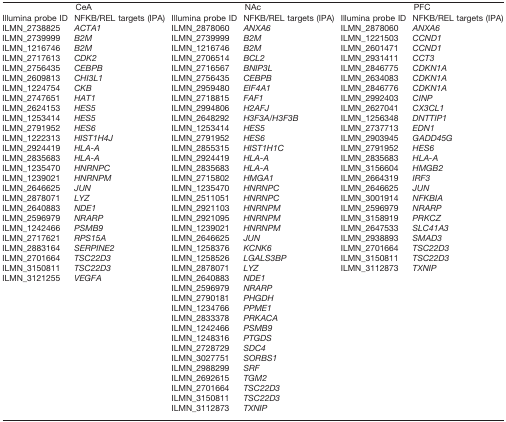
<table><thead><tr><td colspan="2"><b>CeA</b></td><td colspan="2"><b>NAc</b></td><td colspan="2"><b>PFC</b></td></tr><tr><td><b>Illumina probe ID</b></td><td><b>NFKB/REL targets (IPA)</b></td><td><b>Illumina probe ID</b></td><td><b>NFKB/REL targets (IPA)</b></td><td><b>Illumina probe ID</b></td><td><b>NFKB/REL targets (IPA)</b></td></tr></thead><tbody><tr><td>ILMN_2738825</td><td><i>ACTA1</i></td><td>ILMN_2878060</td><td><i>ANXA6</i></td><td>ILMN_2878060</td><td><i>ANXA6</i></td></tr><tr><td>ILMN_2739999</td><td><i>B2M</i></td><td>ILMN_2739999</td><td><i>B2M</i></td><td>ILMN_1221503</td><td><i>CCND1</i></td></tr><tr><td>ILMN_1216746</td><td><i>B2M</i></td><td>ILMN_1216746</td><td><i>B2M</i></td><td>ILMN_2601471</td><td><i>CCND1</i></td></tr><tr><td>ILMN_2717613</td><td><i>CDK2</i></td><td>ILMN_2706514</td><td><i>BCL2</i></td><td>ILMN_2931411</td><td><i>CCT3</i></td></tr><tr><td>ILMN_2756435</td><td><i>CEBPB</i></td><td>ILMN_2716567</td><td><i>BNIP3L</i></td><td>ILMN_2846775</td><td><i>CDKN1A</i></td></tr><tr><td>ILMN_2609813</td><td><i>CHI3L1</i></td><td>ILMN_2756435</td><td><i>CEBPB</i></td><td>ILMN_2634083</td><td><i>CDKN1A</i></td></tr><tr><td>ILMN_1224754</td><td><i>CKB</i></td><td>ILMN_2959480</td><td><i>EIF4A1</i></td><td>ILMN_2846776</td><td><i>CDKN1A</i></td></tr><tr><td>ILMN_2747651</td><td><i>HAT1</i></td><td>ILMN_2718815</td><td><i>FAF1</i></td><td>ILMN_2992403</td><td><i>CINP</i></td></tr><tr><td>ILMN_2624153</td><td><i>HES5</i></td><td>ILMN_2994806</td><td><i>H2AFJ</i></td><td>ILMN_2627041</td><td><i>CX3CL1</i></td></tr><tr><td>ILMN_1253414</td><td><i>HES5</i></td><td>ILMN_2648292</td><td><i>H3F3A/H3F3B</i></td><td>ILMN_1256348</td><td><i>DNTTIP1</i></td></tr><tr><td>ILMN_2791952</td><td><i>HES6</i></td><td>ILMN_1253414</td><td><i>HES5</i></td><td>ILMN_2737713</td><td><i>EDN1</i></td></tr><tr><td>ILMN_1222313</td><td><i>HIST1H4J</i></td><td>ILMN_2791952</td><td><i>HES6</i></td><td>ILMN_2903945</td><td><i>GADD45G</i></td></tr><tr><td>ILMN_2924419</td><td><i>HLA-A</i></td><td>ILMN_2855315</td><td><i>HIST1H1C</i></td><td>ILMN_2791952</td><td><i>HES6</i></td></tr><tr><td>ILMN_2835683</td><td><i>HLA-A</i></td><td>ILMN_2924419</td><td><i>HLA-A</i></td><td>ILMN_2835683</td><td><i>HLA-A</i></td></tr><tr><td>ILMN_1235470</td><td><i>HNRNPC</i></td><td>ILMN_2835683</td><td><i>HLA-A</i></td><td>ILMN_3156604</td><td><i>HMGB2</i></td></tr><tr><td>ILMN_1239021</td><td><i>HNRNPM</i></td><td>ILMN_2715802</td><td><i>HMGA1</i></td><td>ILMN_2664319</td><td><i>IRF3</i></td></tr><tr><td>ILMN_2646625</td><td><i>JUN</i></td><td>ILMN_1235470</td><td><i>HNRNPC</i></td><td>ILMN_2646625</td><td><i>JUN</i></td></tr><tr><td>ILMN_2878071</td><td><i>LYZ</i></td><td>ILMN_2511051</td><td><i>HNRNPC</i></td><td>ILMN_3001914</td><td><i>NFKBIA</i></td></tr><tr><td>ILMN_2640883</td><td><i>NDE1</i></td><td>ILMN_2921103</td><td><i>HNRNPM</i></td><td>ILMN_2596979</td><td><i>NRARP</i></td></tr><tr><td>ILMN_2596979</td><td><i>NRARP</i></td><td>ILMN_2921095</td><td><i>HNRNPM</i></td><td>ILMN_3158919</td><td><i>PRKCZ</i></td></tr><tr><td>ILMN_1242466</td><td><i>PSMB9</i></td><td>ILMN_1239021</td><td><i>HNRNPM</i></td><td>ILMN_2647533</td><td><i>SLC41A3</i></td></tr><tr><td>ILMN_2717621</td><td><i>RPS15A</i></td><td>ILMN_2646625</td><td><i>JUN</i></td><td>ILMN_2938893</td><td><i>SMAD3</i></td></tr><tr><td>ILMN_2883164</td><td><i>SERPINE2</i></td><td>ILMN_1258376</td><td><i>KCNK6</i></td><td>ILMN_2701664</td><td><i>TSC22D3</i></td></tr><tr><td>ILMN_2701664</td><td><i>TSC22D3</i></td><td>ILMN_1258526</td><td><i>LGALS3BP</i></td><td>ILMN_3150811</td><td><i>TSC22D3</i></td></tr><tr><td>ILMN_3150811</td><td><i>TSC22D3</i></td><td>ILMN_2878071</td><td><i>LYZ</i></td><td>ILMN_3112873</td><td><i>TXNIP</i></td></tr><tr><td>ILMN_3121255</td><td><i>VEGFA</i></td><td>ILMN_2640883</td><td><i>NDE1</i></td><td>[EMPTY_CELL]</td><td>[EMPTY_CELL]</td></tr><tr><td>[EMPTY_CELL]</td><td>[EMPTY_CELL]</td><td>ILMN_2596979</td><td><i>NRARP</i></td><td>[EMPTY_CELL]</td><td>[EMPTY_CELL]</td></tr><tr><td>[EMPTY_CELL]</td><td>[EMPTY_CELL]</td><td>ILMN_2790181</td><td><i>PHGDH</i></td><td>[EMPTY_CELL]</td><td>[EMPTY_CELL]</td></tr><tr><td>[EMPTY_CELL]</td><td>[EMPTY_CELL]</td><td>ILMN_1234766</td><td><i>PPME1</i></td><td>[EMPTY_CELL]</td><td>[EMPTY_CELL]</td></tr><tr><td>[EMPTY_CELL]</td><td>[EMPTY_CELL]</td><td>ILMN_2833378</td><td><i>PRKACA</i></td><td>[EMPTY_CELL]</td><td>[EMPTY_CELL]</td></tr><tr><td>[EMPTY_CELL]</td><td>[EMPTY_CELL]</td><td>ILMN_1242466</td><td><i>PSMB9</i></td><td>[EMPTY_CELL]</td><td>[EMPTY_CELL]</td></tr><tr><td>[EMPTY_CELL]</td><td>[EMPTY_CELL]</td><td>ILMN_1248316</td><td><i>PTGDS</i></td><td>[EMPTY_CELL]</td><td>[EMPTY_CELL]</td></tr><tr><td>[EMPTY_CELL]</td><td>[EMPTY_CELL]</td><td>ILMN_2728729</td><td><i>SDC4</i></td><td>[EMPTY_CELL]</td><td>[EMPTY_CELL]</td></tr><tr><td>[EMPTY_CELL]</td><td>[EMPTY_CELL]</td><td>ILMN_3027751</td><td><i>SORBS1</i></td><td>[EMPTY_CELL]</td><td>[EMPTY_CELL]</td></tr><tr><td>[EMPTY_CELL]</td><td>[EMPTY_CELL]</td><td>ILMN_2988299</td><td><i>SRF</i></td><td>[EMPTY_CELL]</td><td>[EMPTY_CELL]</td></tr><tr><td>[EMPTY_CELL]</td><td>[EMPTY_CELL]</td><td>ILMN_2692615</td><td><i>TGM2</i></td><td>[EMPTY_CELL]</td><td>[EMPTY_CELL]</td></tr><tr><td>[EMPTY_CELL]</td><td>[EMPTY_CELL]</td><td>ILMN_2701664</td><td><i>TSC22D3</i></td><td>[EMPTY_CELL]</td><td>[EMPTY_CELL]</td></tr><tr><td>[EMPTY_CELL]</td><td>[EMPTY_CELL]</td><td>ILMN_3150811</td><td><i>TSC22D3</i></td><td>[EMPTY_CELL]</td><td>[EMPTY_CELL]</td></tr><tr><td>[EMPTY_CELL]</td><td>[EMPTY_CELL]</td><td>ILMN_3112873</td><td><i>TXNIP</i></td><td>[EMPTY_CELL]</td><td>[EMPTY_CELL]</td></tr></tbody></table>